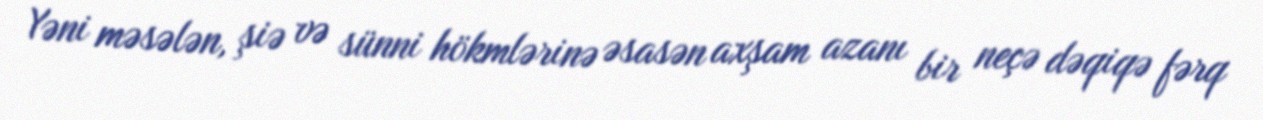
Yəni məsələn, şiə və sünni hökmlərinə əsasən axşam azanı bir neçə dəqiqə fərq